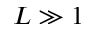
L \gg 1